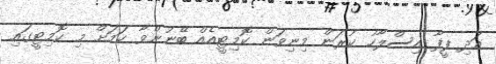
އަދި ފީފާ އިސްލާހު ކުރަން މިނިވަން ކޮމިޓީއެއް ބޭނުންވާ ކަމަށް މި ކޮމިޓީގައި